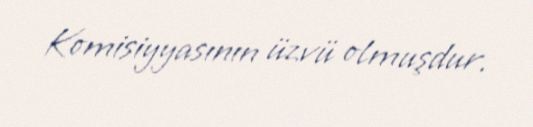
Komisiyyasının üzvü olmuşdur.